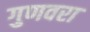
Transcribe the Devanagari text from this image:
गुणवरा